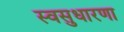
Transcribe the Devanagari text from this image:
स्वसुधारणा